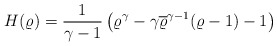
\begin{align*}H(\varrho) = \frac{1}{\gamma - 1} \left( \varrho^{\gamma} - \gamma \overline{\varrho}^{\gamma - 1}(\varrho - 1) - 1\right)\end{align*}